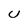
Character: u